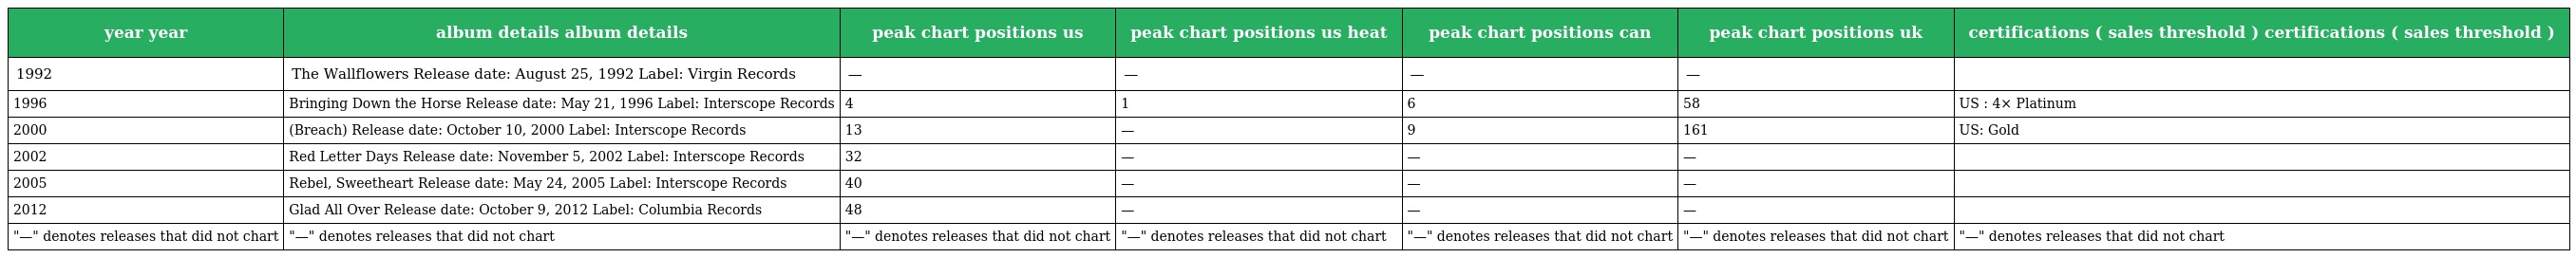
| year year | album details album details | peak chart positions us | peak chart positions us heat | peak chart positions can | peak chart positions uk | certifications ( sales threshold ) certifications ( sales threshold ) |
 | --- | --- | --- | --- | --- | --- | --- |
 | 1992 | The Wallflowers Release date: August 25, 1992 Label: Virgin Records | — | — | — | — |  |
 | 1996 | Bringing Down the Horse Release date: May 21, 1996 Label: Interscope Records | 4 | 1 | 6 | 58 | US : 4× Platinum |
 | 2000 | (Breach) Release date: October 10, 2000 Label: Interscope Records | 13 | — | 9 | 161 | US: Gold |
 | 2002 | Red Letter Days Release date: November 5, 2002 Label: Interscope Records | 32 | — | — | — |  |
 | 2005 | Rebel, Sweetheart Release date: May 24, 2005 Label: Interscope Records | 40 | — | — | — |  |
 | 2012 | Glad All Over Release date: October 9, 2012 Label: Columbia Records | 48 | — | — | — |  |
 | "—" denotes releases that did not chart | "—" denotes releases that did not chart | "—" denotes releases that did not chart | "—" denotes releases that did not chart | "—" denotes releases that did not chart | "—" denotes releases that did not chart | "—" denotes releases that did not chart |